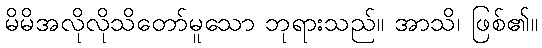
မိမိအလိုလိုသိတော်မူသော ဘုရားသည်။ အာသိ၊ ဖြစ်၏။